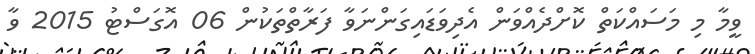
ވީމާ މި މަސައްކަތް ކޮށްދެއްވަން އެދިވަޑައިގަންނަވާ ފަރާތްތަކުން 06 އޮގަސްޓު 2015 ވާ